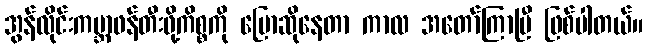
အွန်လိုင်းကမ္ဘာဖန်တီးဖို့ကိစ္စကို ပြောဆိုနေတာ ကာလ အတော်ကြာပြီ ဖြစ်ပါတယ်။